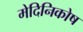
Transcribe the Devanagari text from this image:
मेदिनिकोष